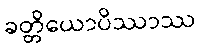
ခတ္တိယောပိဿာဿ